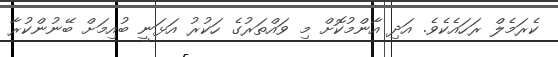
ކެރަމެލް ރަހައެކެވެ. އަދި އާންމުކޮށް މި ވައްތަރުގެ ހަކުރު އަޅަނީ ބުއިމަށް ބޭނުންކުރާ